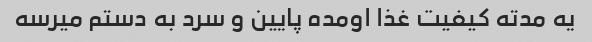
یه مدته کیفیت غذا اومده پایین و سرد به دستم میرسه